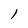
Character: 1